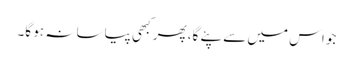
جو اس میں سے پئے گا، پھر کبھی پیاسا نہ ہو گا۔